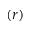
\left( r \right)